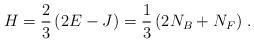
LaTeX: \begin{align*}H = \frac{2}{3} \left( 2 E - J \right) = \frac{1}{3} \left( 2 N_B + N_F \right) \,.\end{align*}